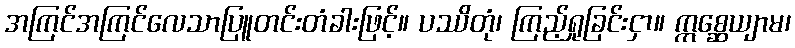
အကြင်အကြင်လေသာပြူတင်းတံခါးဖြင့်။ ပဿိတုံ၊ ကြည့်ရှုခြင်းငှာ။ ဣစ္ဆေယျာမ၊